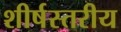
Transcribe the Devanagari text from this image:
शीर्षस्तरीय